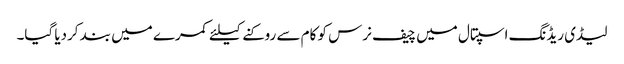
لیڈی ریڈنگ اسپتال میں چیف نرس کو کام سے روکنے کیلئے کمرے میں بند کردیا گیا۔